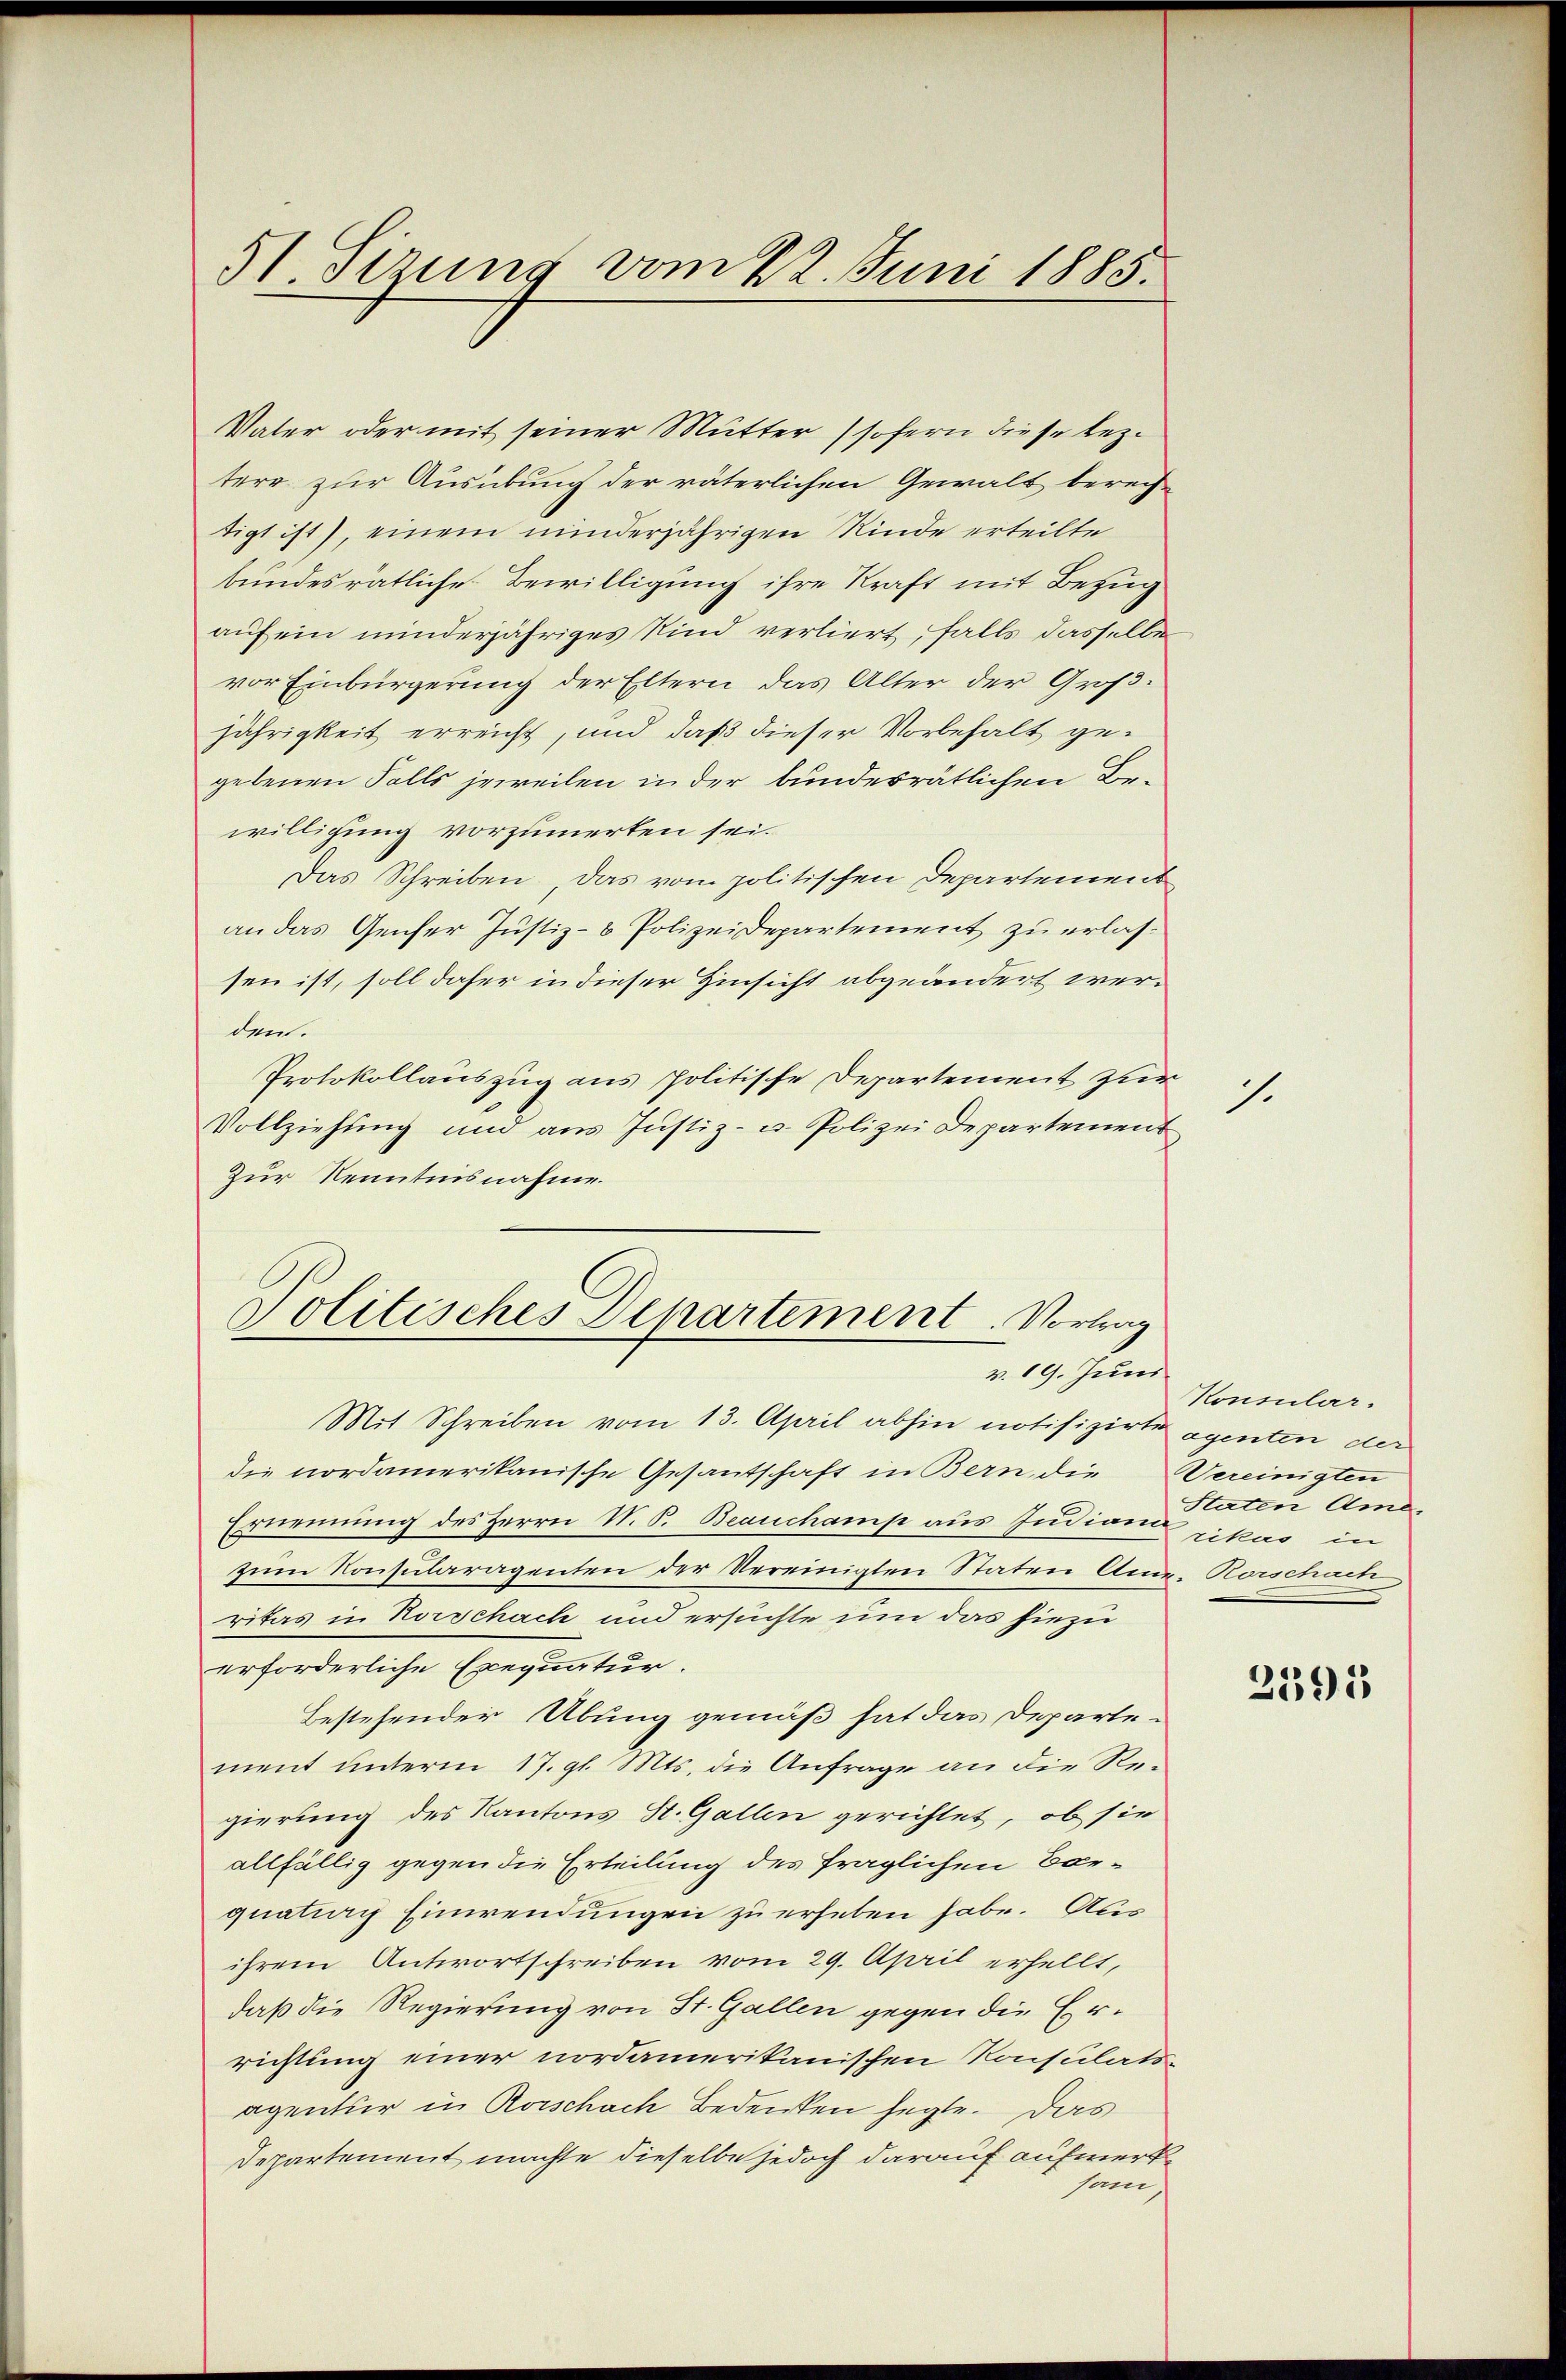
51 Sirung vom 22. Juni 1885.

Vater oder mit seiner Mutter (sofern diese leztere zur Ausübung der väterlichen Gewalt berechtigt ist), einem minderjährigen Kinde erteilte
bundesrätliche Bewilligung ihre Kraft mit Bezug
auf ein minderjähriges Kind verliert, falls dasselbe
vor Einbürgerung der Eltern das Alter der Großjährigkeit erreicht, und daß dieser Vorbehalt gegebenen Falls jeweilen in der bundesrätlichen Bewilligung vorzumerken sei.
Das Schreiben, das vom politischen Departement
an das Genfer Justiz- & Polizeidepartement zu erlassen ist, soll daher in dieser Hinsicht abgeändert werden.
Protokollauszug aus politische Departement zur
Vollziehung und aus Justiz- u. Polizei Departement
Zur Kenntnisnahme.

Politisches Departement. Vortrag
v. 19. Juni

Mit Schreiben vom 13. April abhin notifizirte agenten der
die nordamerikanische Gesantschaft in Bern, die Vereinigten
Ernennung des Herrn N. S. Beauchamp aus Judiam pikas in
zum Konsularagenten der Vereinigten Staten Ame-Rorschau
ritas in Horschach und ersuchte um das hiezu
erforderliche Exequatur.
Bestehender Übung gemäß hat das Departe-
ment unterm 17. gl. Mts. die Anfrage an die Re-
gierung des Kantons St. Gallen gerichtet, ob sie
allfällig gegen die Erteilung des fraglichen Borquation Einwendungen zu erheben habe. Au
ihrem Antwortschreiben vom 29. April erhellt,
daß die Regierung von St. Gallen gegen die Errichtung einer nordamerikanischen Konsulatsagentur in Rorschach Bedenken hegte. Das
Departement machte dieselbe jedoch darauf aufmerk
sam,

1.

Konsular.
Staten Ame

2591